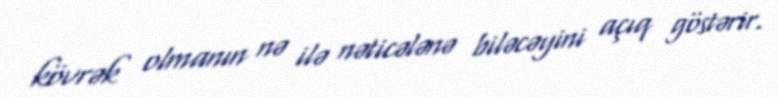
kövrək olmanın nə ilə nəticələnə biləcəyini açıq göstərir.